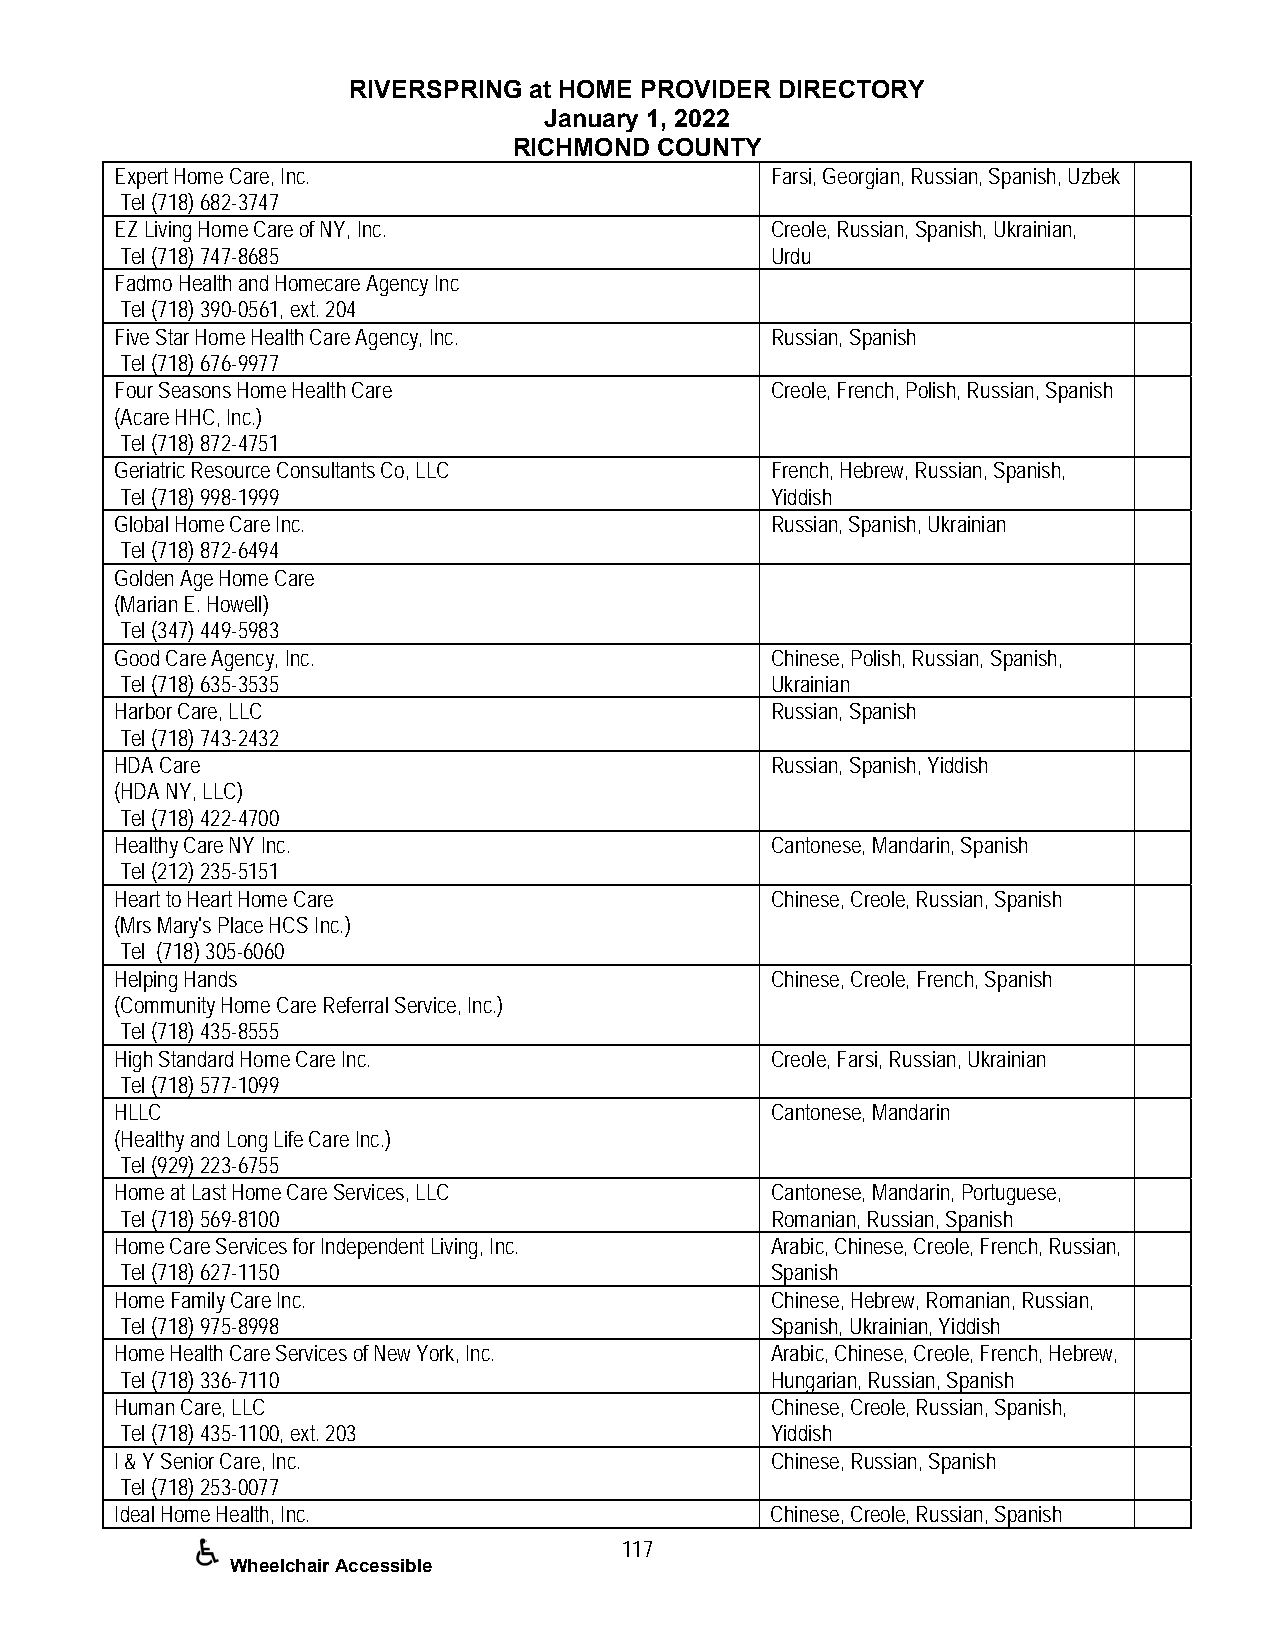
RIVERSPRING at HOME PROVIDER DIRECTORY
 January 1, 2022
 RICHMOND COUNTY
 Expert Home Care, Inc.                     Farsi, Georgian, Russian, Spanish, Uzbek
 Tel (718) 682-3747
 EZ Living Home Care of NY, Inc.            Creole, Russian, Spanish, Ukrainian,
 Tel (718) 747-8685                         Urdu
 Fadmo Health and Homecare Agency Inc
 Tel (718) 390-0561, ext. 204
 Five Star Home Health Care Agency, Inc.    Russian, Spanish
 Tel (718) 676-9977
 Four Seasons Home Health Care              Creole, French, Polish, Russian, Spanish
 (Acare HHC, Inc.)
 Tel (718) 872-4751
 Geriatric Resource Consultants Co, LLC     French, Hebrew, Russian, Spanish,
 Tel (718) 998-1999                         Yiddish
 Global Home Care Inc.                      Russian, Spanish, Ukrainian
 Tel (718) 872-6494
 Golden Age Home Care
 (Marian E. Howell)
 Tel (347) 449-5983
 Good Care Agency, Inc.                     Chinese, Polish, Russian, Spanish,
 Tel (718) 635-3535                         Ukrainian
 Harbor Care, LLC                           Russian, Spanish
 Tel (718) 743-2432
 HDA Care                                   Russian, Spanish, Yiddish
 (HDA NY, LLC)
 Tel (718) 422-4700
 Healthy Care NY Inc.                       Cantonese, Mandarin, Spanish
 Tel (212) 235-5151
 Heart to Heart Home Care                   Chinese, Creole, Russian, Spanish
 (Mrs Mary's Place HCS Inc.)
 Tel (718) 305-6060
 Helping Hands                              Chinese, Creole, French, Spanish
 (Community Home Care Referral Service, Inc.)
 Tel (718) 435-8555
 High Standard Home Care Inc.               Creole, Farsi, Russian, Ukrainian
 Tel (718) 577-1099
 HLLC                                       Cantonese, Mandarin
 (Healthy and Long Life Care Inc.)
 Tel (929) 223-6755
 Home at Last Home Care Services, LLC       Cantonese, Mandarin, Portuguese,
 Tel (718) 569-8100                         Romanian, Russian, Spanish
 Home Care Services for Independent Living, Inc. Arabic, Chinese, Creole, French, Russian,
 Tel (718) 627-1150                         Spanish
 Home Family Care Inc.                      Chinese, Hebrew, Romanian, Russian,
 Tel (718) 975-8998                         Spanish, Ukrainian, Yiddish
 Home Health Care Services of New York, Inc. Arabic, Chinese, Creole, French, Hebrew,
 Tel (718) 336-7110                         Hungarian, Russian, Spanish
 Human Care, LLC                            Chinese, Creole, Russian, Spanish,
 Tel (718) 435-1100, ext. 203               Yiddish
 I & Y Senior Care, Inc.                    Chinese, Russian, Spanish
 Tel (718) 253-0077
 Ideal Home Health, Inc.                    Chinese, Creole, Russian, Spanish
 117
 Wheelchair Accessible